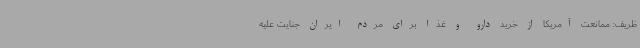
ظریف: ممانعت آمریکا از خرید دارو و غذا برای مردم ایران جنایت علیه